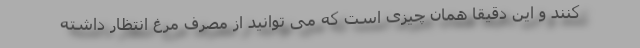
کنند و این دقیقا همان چیزی است که می توانید از مصرف مرغ انتظار داشته